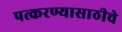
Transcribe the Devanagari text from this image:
पत्करण्यासाठीचे